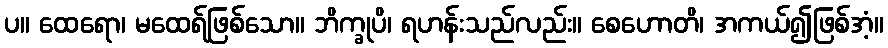
ပ။ ထေရော၊ မထေရ်ဖြစ်သော။ ဘိက္ခုပိ၊ ရဟန်းသည်လည်း။ စေဟောတိ၊ အကယ်၍ဖြစ်အံ့။